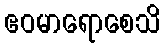
ဧဝမာရောစေသိ